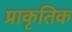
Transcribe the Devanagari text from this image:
प्राकृतिक